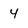
Character: 4